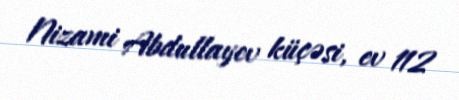
Nizami Abdullayev küçəsi, ev 112